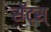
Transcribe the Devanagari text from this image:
सेंट्स्